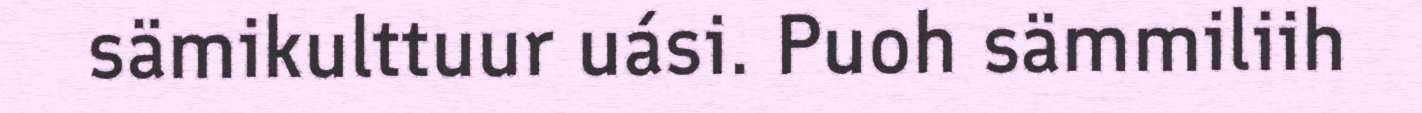
sämikulttuur uási. Puoh sämmiliih